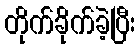
တိုက်ခိုက်ခဲ့ပြီး